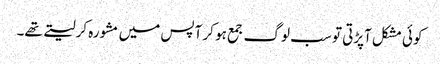
کوئی مشکل آپڑتی تو سب لوگ جمع ہو کر آپس میں مشورہ کرلیتے تھے۔